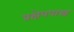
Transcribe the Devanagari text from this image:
प्रक्षेपपास्त्र